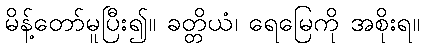
မိန့်တော်မူပြီး၍။ ခတ္တိယံ၊ ရေမြေကို အစိုးရ။